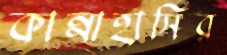
কান্নাহাসির